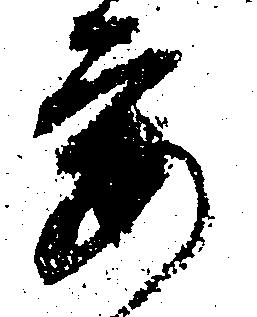
要